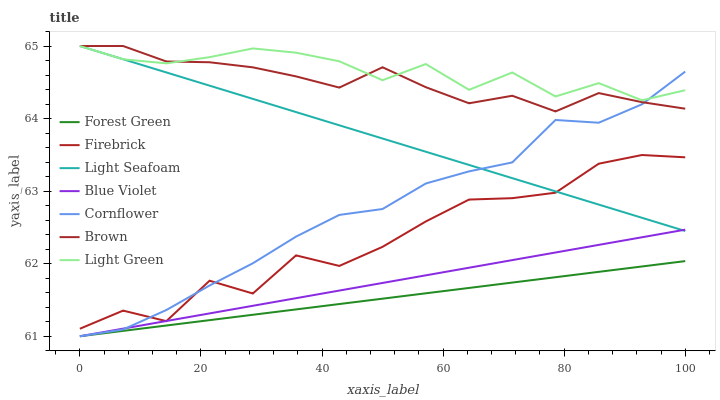
| xaxis_label | Forest Green | Firebrick | Light Seafoam | Blue Violet | Cornflower | Brown | Light Green |
 | --- | --- | --- | --- | --- | --- | --- | --- |
 | 0 | 61 | 61.1 | 65 | 61 | 61 | 65 | 65 |
 | 7.14 | 61.1 | 61.4 | 64.8 | 61.1 | 61.1 | 65 | 64.8 |
 | 14.3 | 61.1 | 61.2 | 64.6 | 61.2 | 61.4 | 64.8 | 64.8 |
 | 21.4 | 61.2 | 61.8 | 64.5 | 61.3 | 61.7 | 64.8 | 64.8 |
 | 28.6 | 61.3 | 61.6 | 64.3 | 61.4 | 62 | 64.7 | 65 |
 | 35.7 | 61.4 | 62.1 | 64.1 | 61.5 | 62.4 | 64.6 | 64.9 |
 | 42.9 | 61.4 | 62 | 63.9 | 61.6 | 62.7 | 64.4 | 64.8 |
 | 50 | 61.5 | 62.2 | 63.7 | 61.7 | 62.8 | 64.7 | 64.5 |
 | 57.1 | 61.6 | 62.6 | 63.5 | 61.8 | 63.1 | 64.4 | 64.8 |
 | 64.3 | 61.7 | 62.9 | 63.4 | 61.9 | 63.3 | 64.2 | 64.4 |
 | 71.4 | 61.7 | 62.9 | 63.2 | 62 | 63.4 | 64.3 | 64.6 |
 | 78.6 | 61.8 | 63 | 63 | 62.2 | 64 | 64.1 | 64.3 |
 | 85.7 | 61.9 | 63.4 | 62.8 | 62.3 | 63.9 | 64.4 | 64.5 |
 | 92.9 | 62 | 63.5 | 62.6 | 62.4 | 64.2 | 64.2 | 64.3 |
 | 100 | 62 | 63.5 | 62.5 | 62.5 | 64.6 | 64.1 | 64.4 |